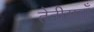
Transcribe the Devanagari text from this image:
तेतीसवाँ